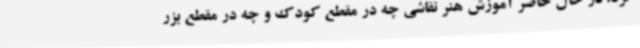
کرد: در حال حاضر آموزش هنر نقاشی چه در مقطع کودک و چه در مقطع بزر